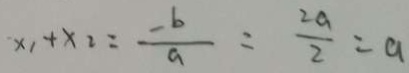
x _ { 1 } + x _ { 2 } = \frac { - b } { a } = \frac { 2 a } { 2 } = a